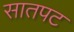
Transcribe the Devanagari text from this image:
सातपट